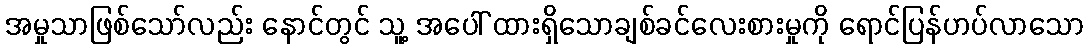
အမှုသာဖြစ်သော်လည်း နောင်တွင် သူ့ အပေါ် ထားရှိသောချစ်ခင်လေးစားမှုကို ရောင်ပြန်ဟပ်လာသော